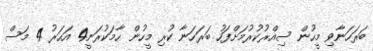
ބަރަހަނާވި މީހުން ސިއްރުކުރުމަށްފަހު ބަރަހަނާ ކުރި މީހުން ހާމަކުރަނީ4 އަހަރު 4 މަސް